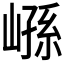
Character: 𰌮